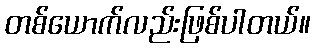
တစ်ယောက်လည်းဖြစ်ပါတယ်။